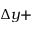
\Delta y +